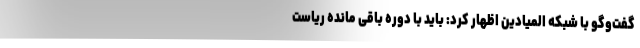
گفت‌وگو با شبکه المیادین اظهار کرد: باید با دوره باقی مانده ریاست